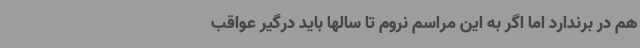
هم در برندارد اما اگر به این مراسم نروم تا سالها باید درگیر عواقب